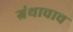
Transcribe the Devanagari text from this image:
ग्रंथाचाच